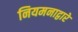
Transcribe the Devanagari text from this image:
नियमनाद्वारे